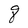
Character: q